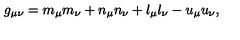
g _ { \mu \nu } = m _ { \mu } m _ { \nu } + n _ { \mu } n _ { \nu } + l _ { \mu } l _ { \nu } - u _ { \mu } u _ { \nu } ,